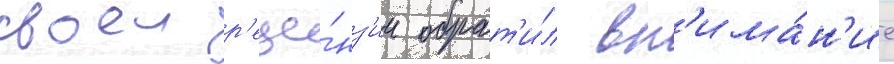
своеи р'еце́нз'ии обрат'и́л вн'има́н'ие